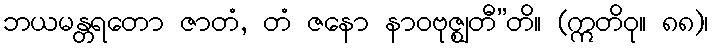
ဘယမန္တရတော ဇာတံ, တံ ဇနော နာဝဗုဇ္ဈတီ”တိ။ (ဣတိဝု။ ၈၈)၊